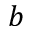
b